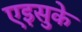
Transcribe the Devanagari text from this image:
एइसुके